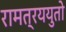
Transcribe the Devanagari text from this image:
रामत्रययुतो